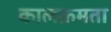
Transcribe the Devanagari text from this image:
कालक्रमता